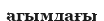
агымдағы